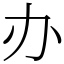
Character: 办